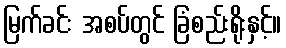
မြက်ခင်း အစပ်တွင် ခြံစည်းရိုးနှင့်။